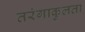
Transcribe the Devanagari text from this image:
तरंगाकुलता